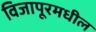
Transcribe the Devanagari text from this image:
विजापूरमधील